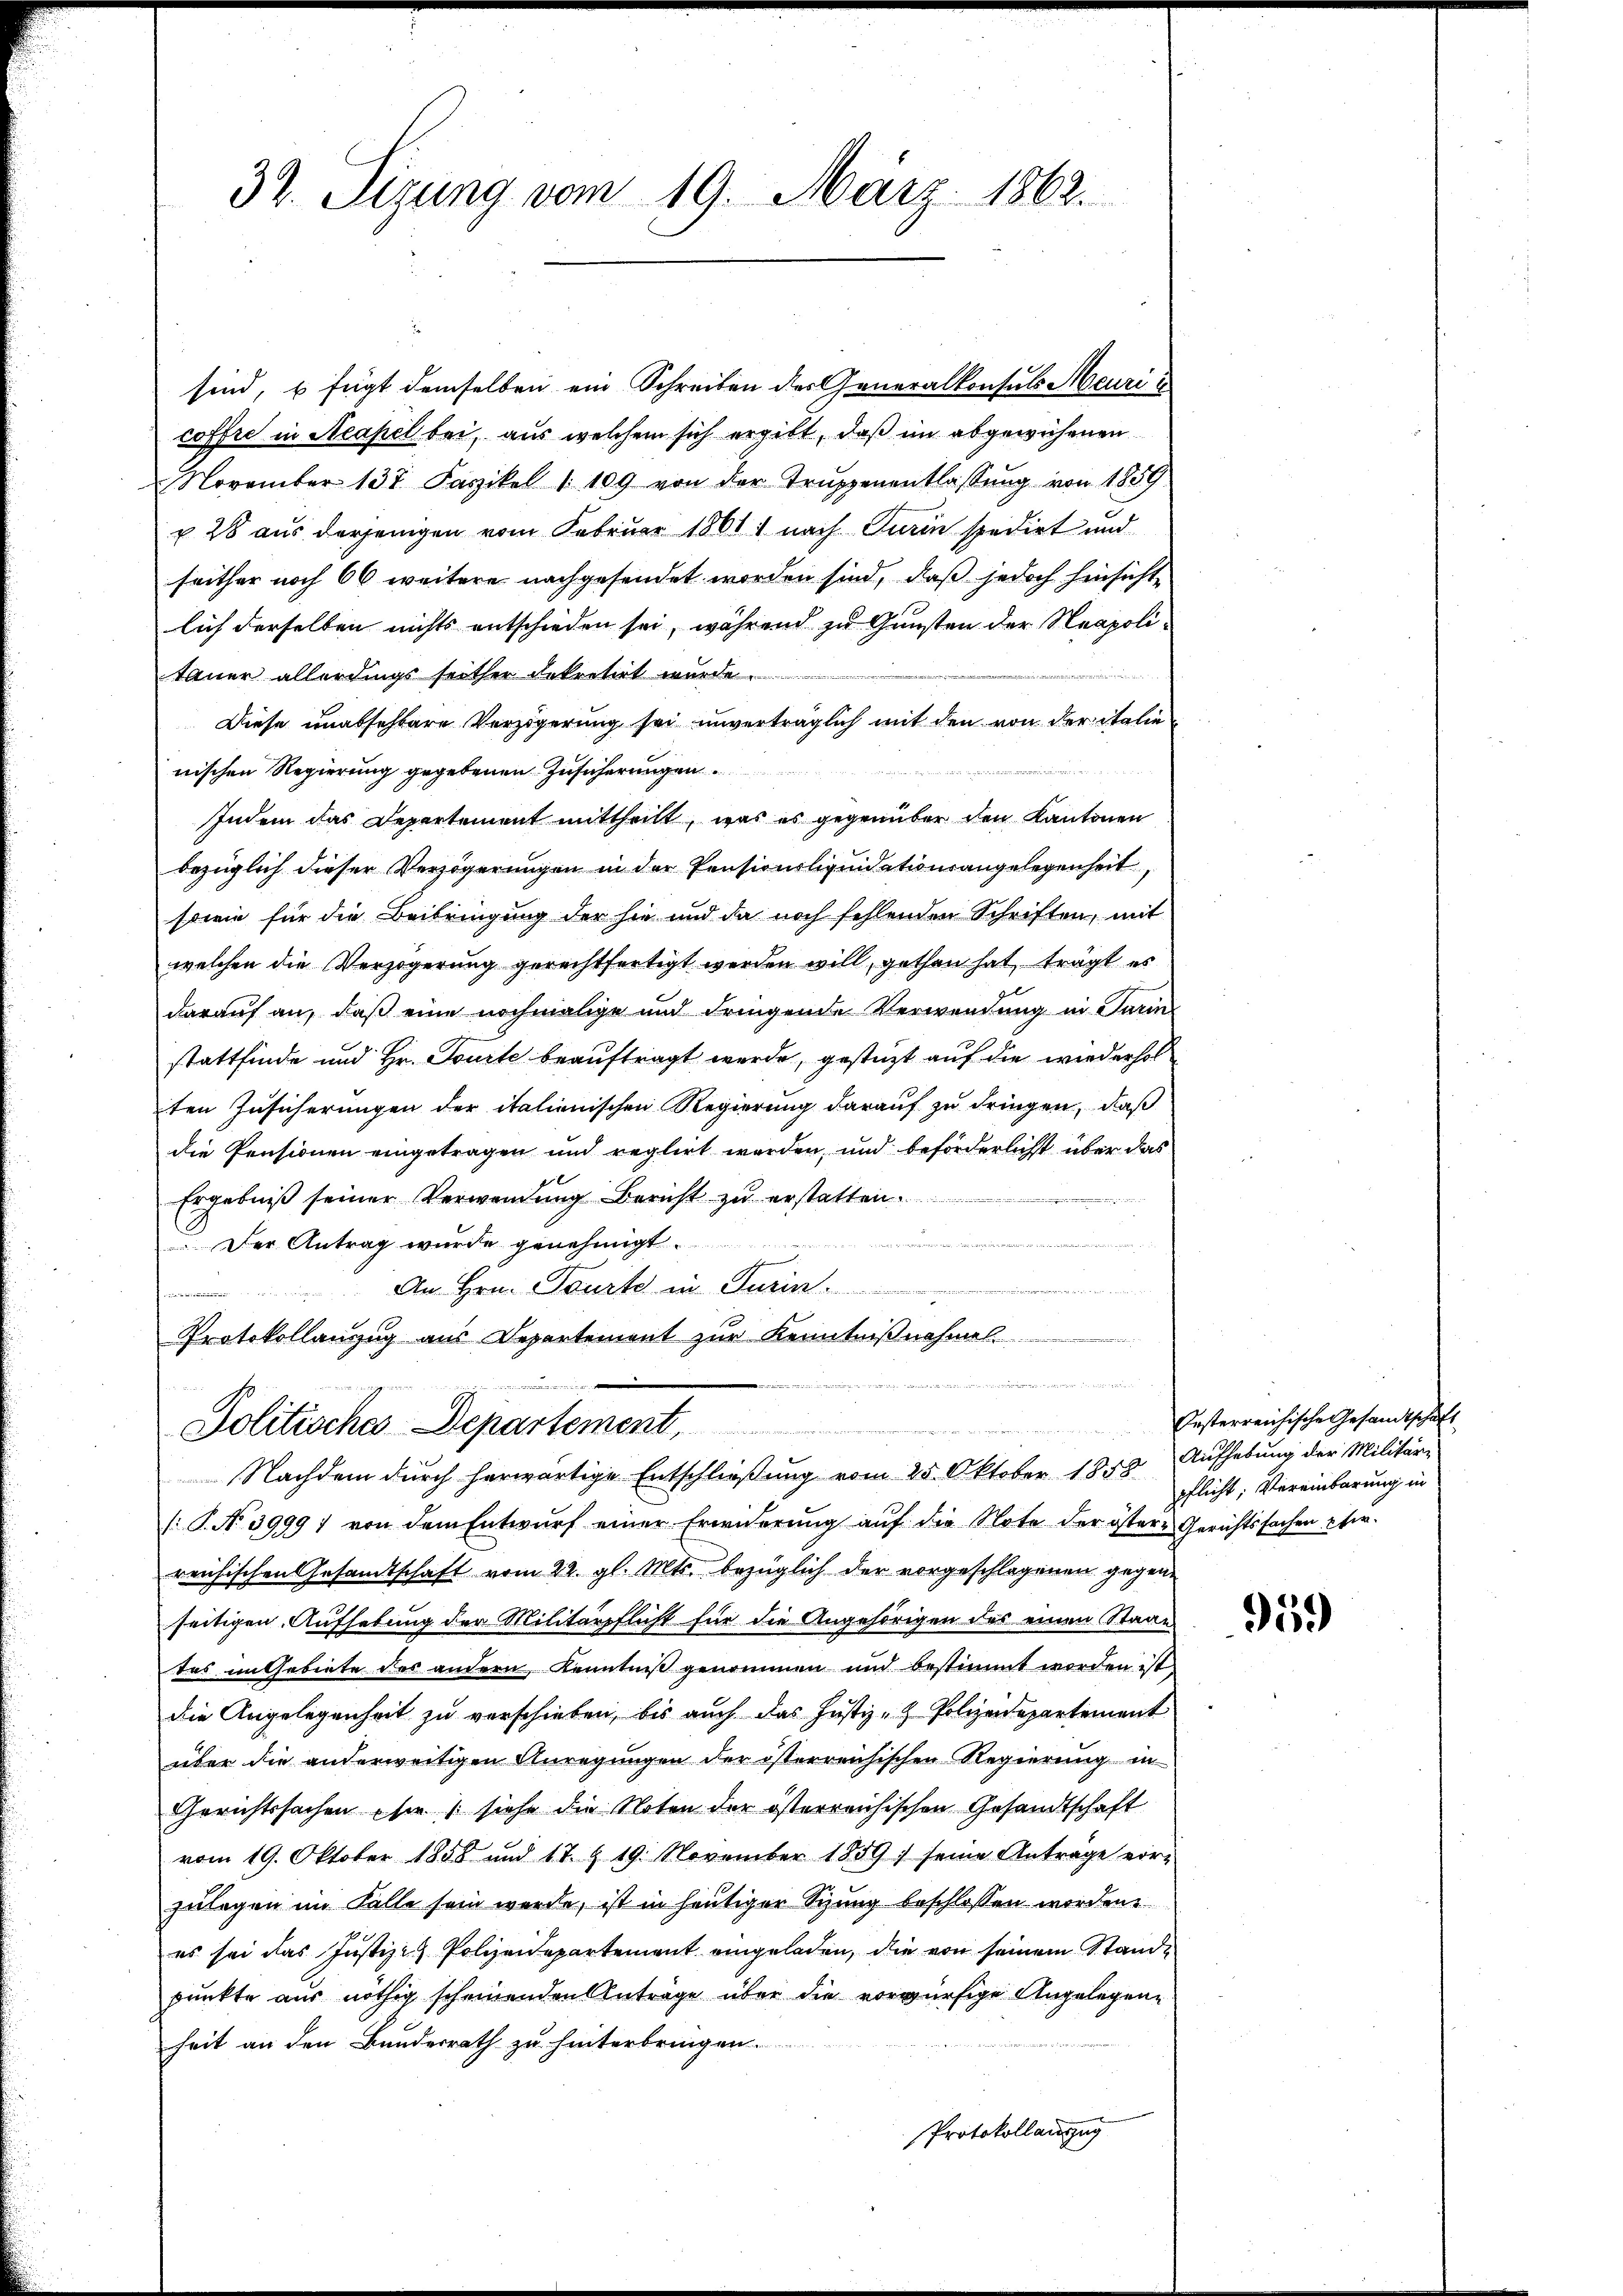
sind, u fügt demselben ein Schreiben der Generalkonsuls Meuri u
coffre in Neapel bei, aus welchem sich ergibt, daß im abgewichenen
November 137 Faszikel " 109 von der Trŭppenentlassŭng von 1859
u 28 aus derjenigen vom Februar 1861 nach Turin spedirt und
seither noch 66 weitere nachgesendet worden sind, daß jedoch hinsicht
lich derselben nichts entschieden sei, während zu Gunsten der Neapolitauer allerdings seither dekretirt wurde.
Diese unabsehbare Verzögerung sei unverträglich mit den von der italie
nischen Regierung gegebenen Zusicherungen
Indem das Departement mittheilt, was es gegenüber den Kantonen
bezüglich dieser Verzögerungen in der Pensionsliquidationsangelegenheit,
sowie für die Beibringung der sie und da noch fehlenden Schriften, mit
welchen die Verzögerung gerechtfertigt werden will, gethan hat, trägt es
darauf an, daß eine nochmalige und dringende Verwendung in Turinstattfinde und Hr. Toute beauftragt werde, gestüzt auf die wiederholten Zusicherungen der italienischen Regierung darauf zu dringen, daß
die Pensionen eingetragen und reglirt werden, und beförderlichst über das
Ergebniß seiner Verwendung Bericht zu erstatten.
Der Antrag wurde genehmigt.
An Hrn. Tourt in Turin.

x
Protokollanzug aus Departement zur Kenntnißnahmel

32. Sizung vom 19. März 1862.

ude gewesen deren er einer
.
Politisches Departement,
Nachdem durch herwärtige Entschließung vom 25. Oktober 1858

/. P. No 3999; von dem Entwurf einer Erwiderung auf die Note der östere Gerichtssachen Pferreichischen Gesamtschaft vom 22. gl. Mts. bezüglich der vorgeschlagenen gegenseitigen Aufhebung der Militärpflicht für die Angehörigen des einen Staat
tas im Gebiete des andern Kenntniß genommen und bestimmt worden ist,
die Angelegenheit zu verschieben, bis auch das Justiz- & Polizeidepartement
über die anderweitigen Anregungen der österreichischen Regierung in
Gerichtssachen sie siehe die Noten der österreichischen Gesandtschaft
vom 19. Oktober 1858 und 17. § 19. November 1859 seine Antrage vor-
zulegen im Falle sein werde, ist in heutiger Sitzung beschlossen worden.
es sei das Justiz- & Polizeidepartement eingeladen, die von seinem Stande
punkte aus nöthig scheinenden Anträge über die vorwürfige Angelegenheit an den Bundesrath zu hinterbringen.
Protokollauszug

Festerreichische Gesandtschaft
Aufhebung der Militär-
pflicht; Vereinbarung in

95.